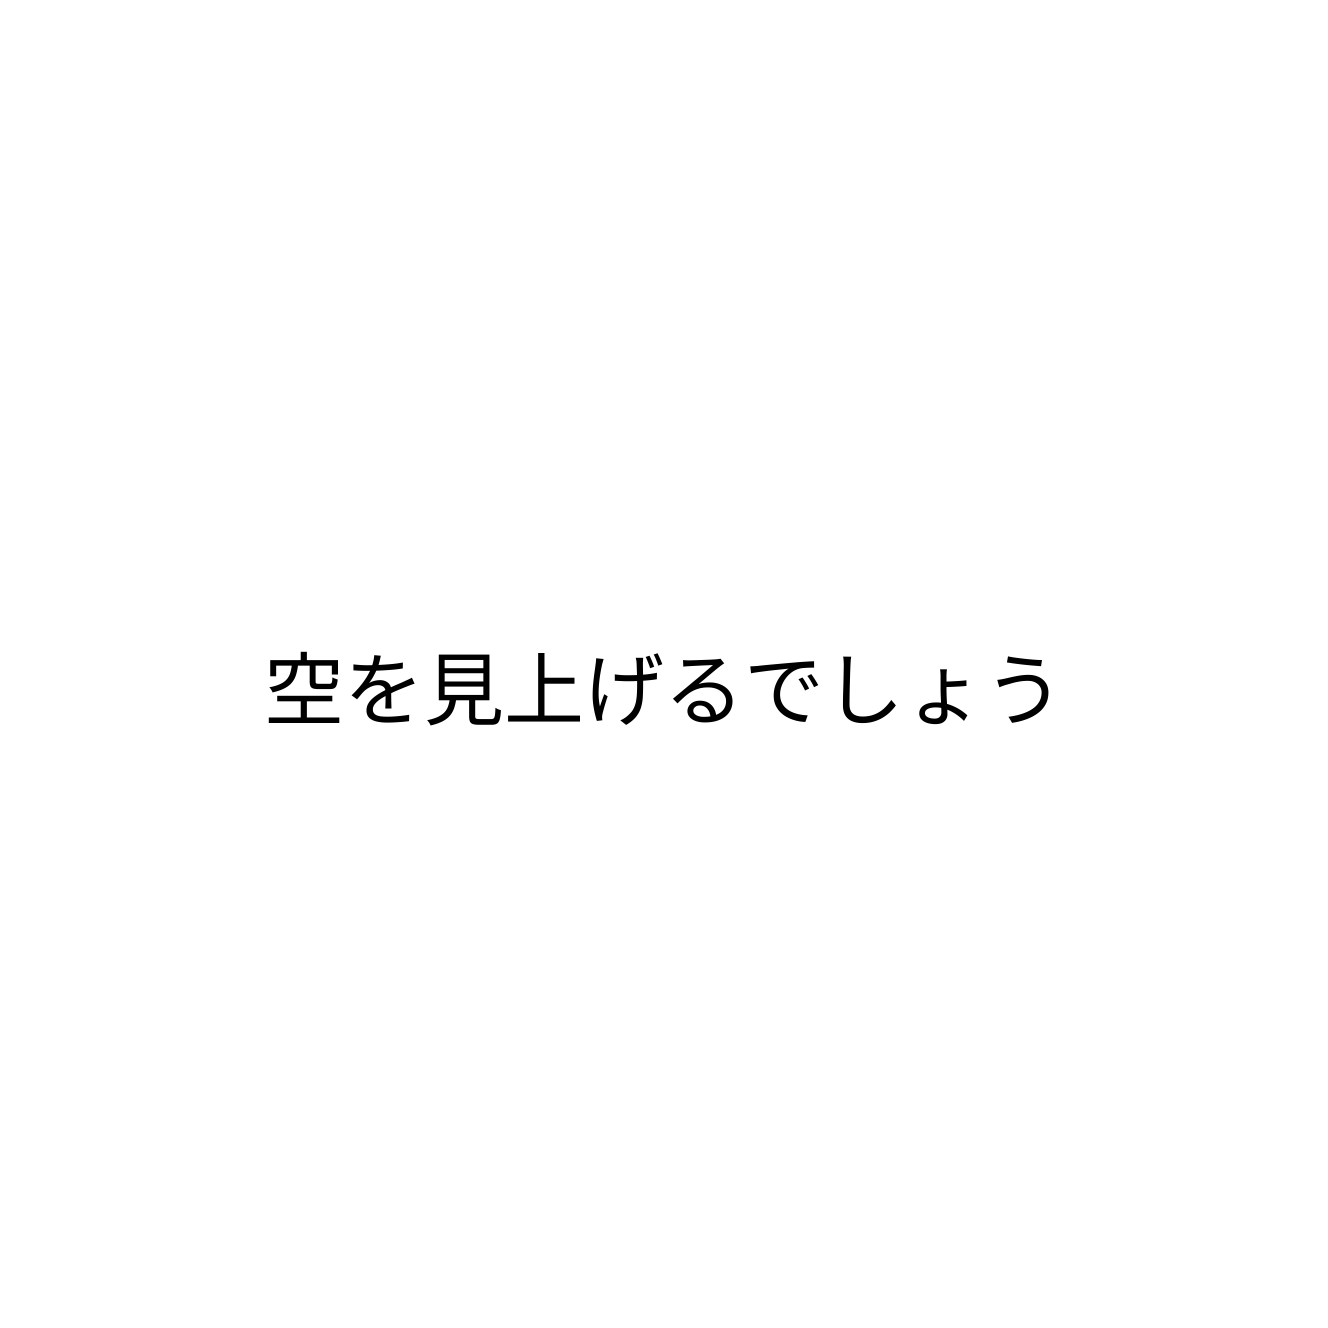
空を見上げるでしょう